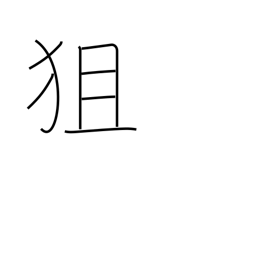
Meaning: aim at